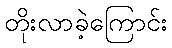
တိုးလာခဲ့ကြောင်း